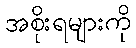
အစိုးရများကို